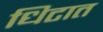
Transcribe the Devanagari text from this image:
धिटात